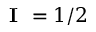
\textbf { I } = 1 / 2